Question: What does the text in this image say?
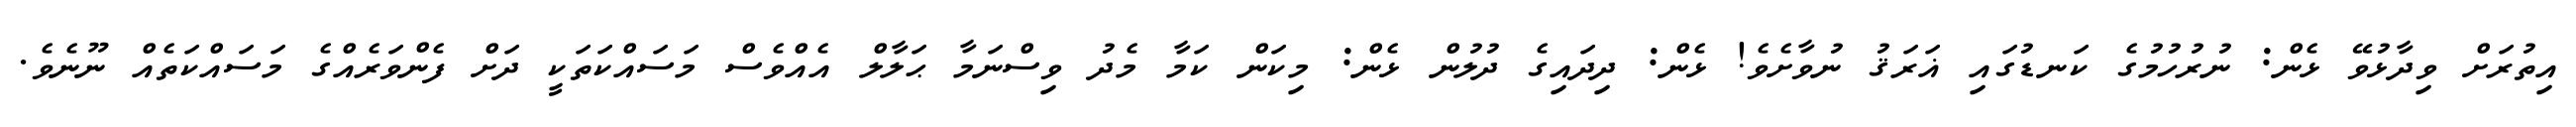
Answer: އިތުރަށް ވިދާޅުވޭ ޅެން: ނުރުހުމުގެ ކަނޑުގައި ޣަރަޤު ނުވާށެވެ! ޅެން: ދިދައިގެ ދުލުން ޅެން: މިކަން ކަމާ މެދު ވިސްނަމާ ޙަލާލް އެއްވެސް މަސައްކަތަކީ ދަށް ފެންވަރެއްގެ މަސައްކަތެއް ނޫނެވެ.